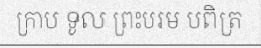
ក្រាប ទូល ព្រះបរម បពិត្រ